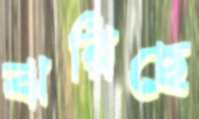
ঝরিছে